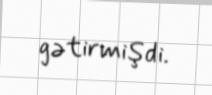
gətirmişdi.